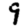
Digit: 9